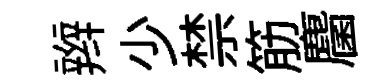
辫少禁筋麕